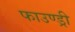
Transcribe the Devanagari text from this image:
फाउण्ड्री